Plague in India, 1896, 1897 - Volume 3
Year: 1896
Disease focus: Plague
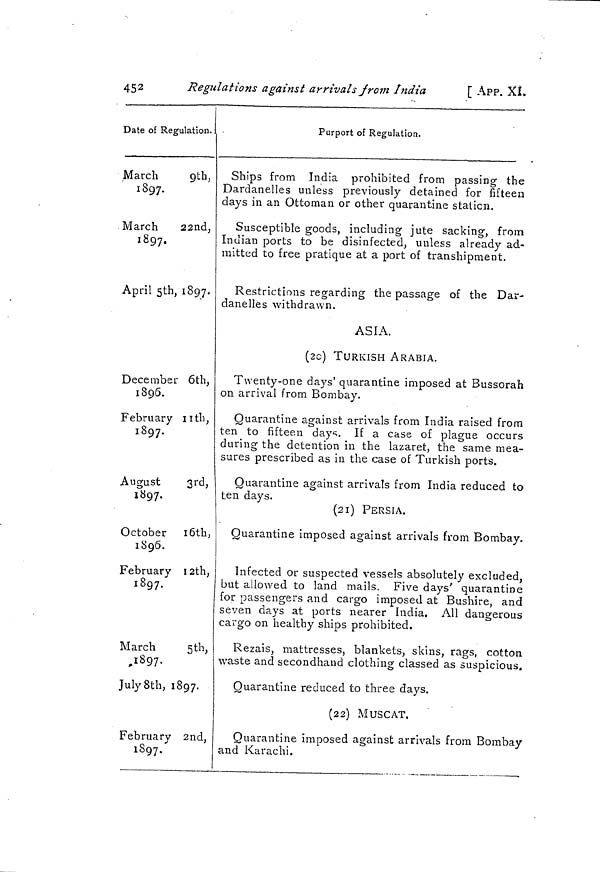
452
Regulations against arrivals jrom India
[ APP. XI.
Date of Regulation.
March
9th,
1897.
March
22nd,
1897.
April 5th, 1897.
December 6th,
1896.
February 11th,
1897.
August
3rd,
1897.
October 16th,
1896.
February 12th,
1897.
March
5th,
,1897.
July 8th, 1897.
February 2nd,
1897.
Purport of Regulation.
Ships from India prohibited from passing the
Dardanelles unless previously detained for fifteen
days in an Ottoman or other quarantine station.
Susceptible goods, including jute sacking, from
Indian ports to be disinfected, unless already ad-
mitted to free pratique at a port of transhipment.
Restrictions regarding the passage of the Dar-
danelles withdrawn.
ASIA.
(20) TURKISH ARABIA.
Twenty-one days' quarantine imposed at Bussorah
on arrival from Bombay.
Quarantine against arrivals from India raised from
ten to fifteen days. If a case of plague occurs
during the detention in the lazaret, the same mea-
sures prescribed as in the case of Turkish ports.
Quarantine against arrivals from India reduced to
ten days.
(21) PERSIA.
Quarantine imposed against arrivals from Bombay.
Infected or suspected vessels absolutely excluded,
but allowed to land mails. Five days' quarantine
for passengers and cargo imposed at Bushire, and
seven days at ports nearer India, All dangerous
cargo on healthy ships prohibited.
Rezáis, mattresses, blankets, skins, rags, cotton
waste and secondhand clothing classed as suspicious.
Quarantine reduced to three days.
(22) MUSCAT.
Quarantine imposed against arrivals from Bombay
and Karachi.